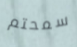
سمحتم